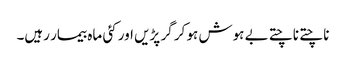
ناچتے ناچتے بے ہوش ہو کر گر پڑیں اور کئی ماہ بیمار رہیں۔